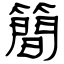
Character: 簡